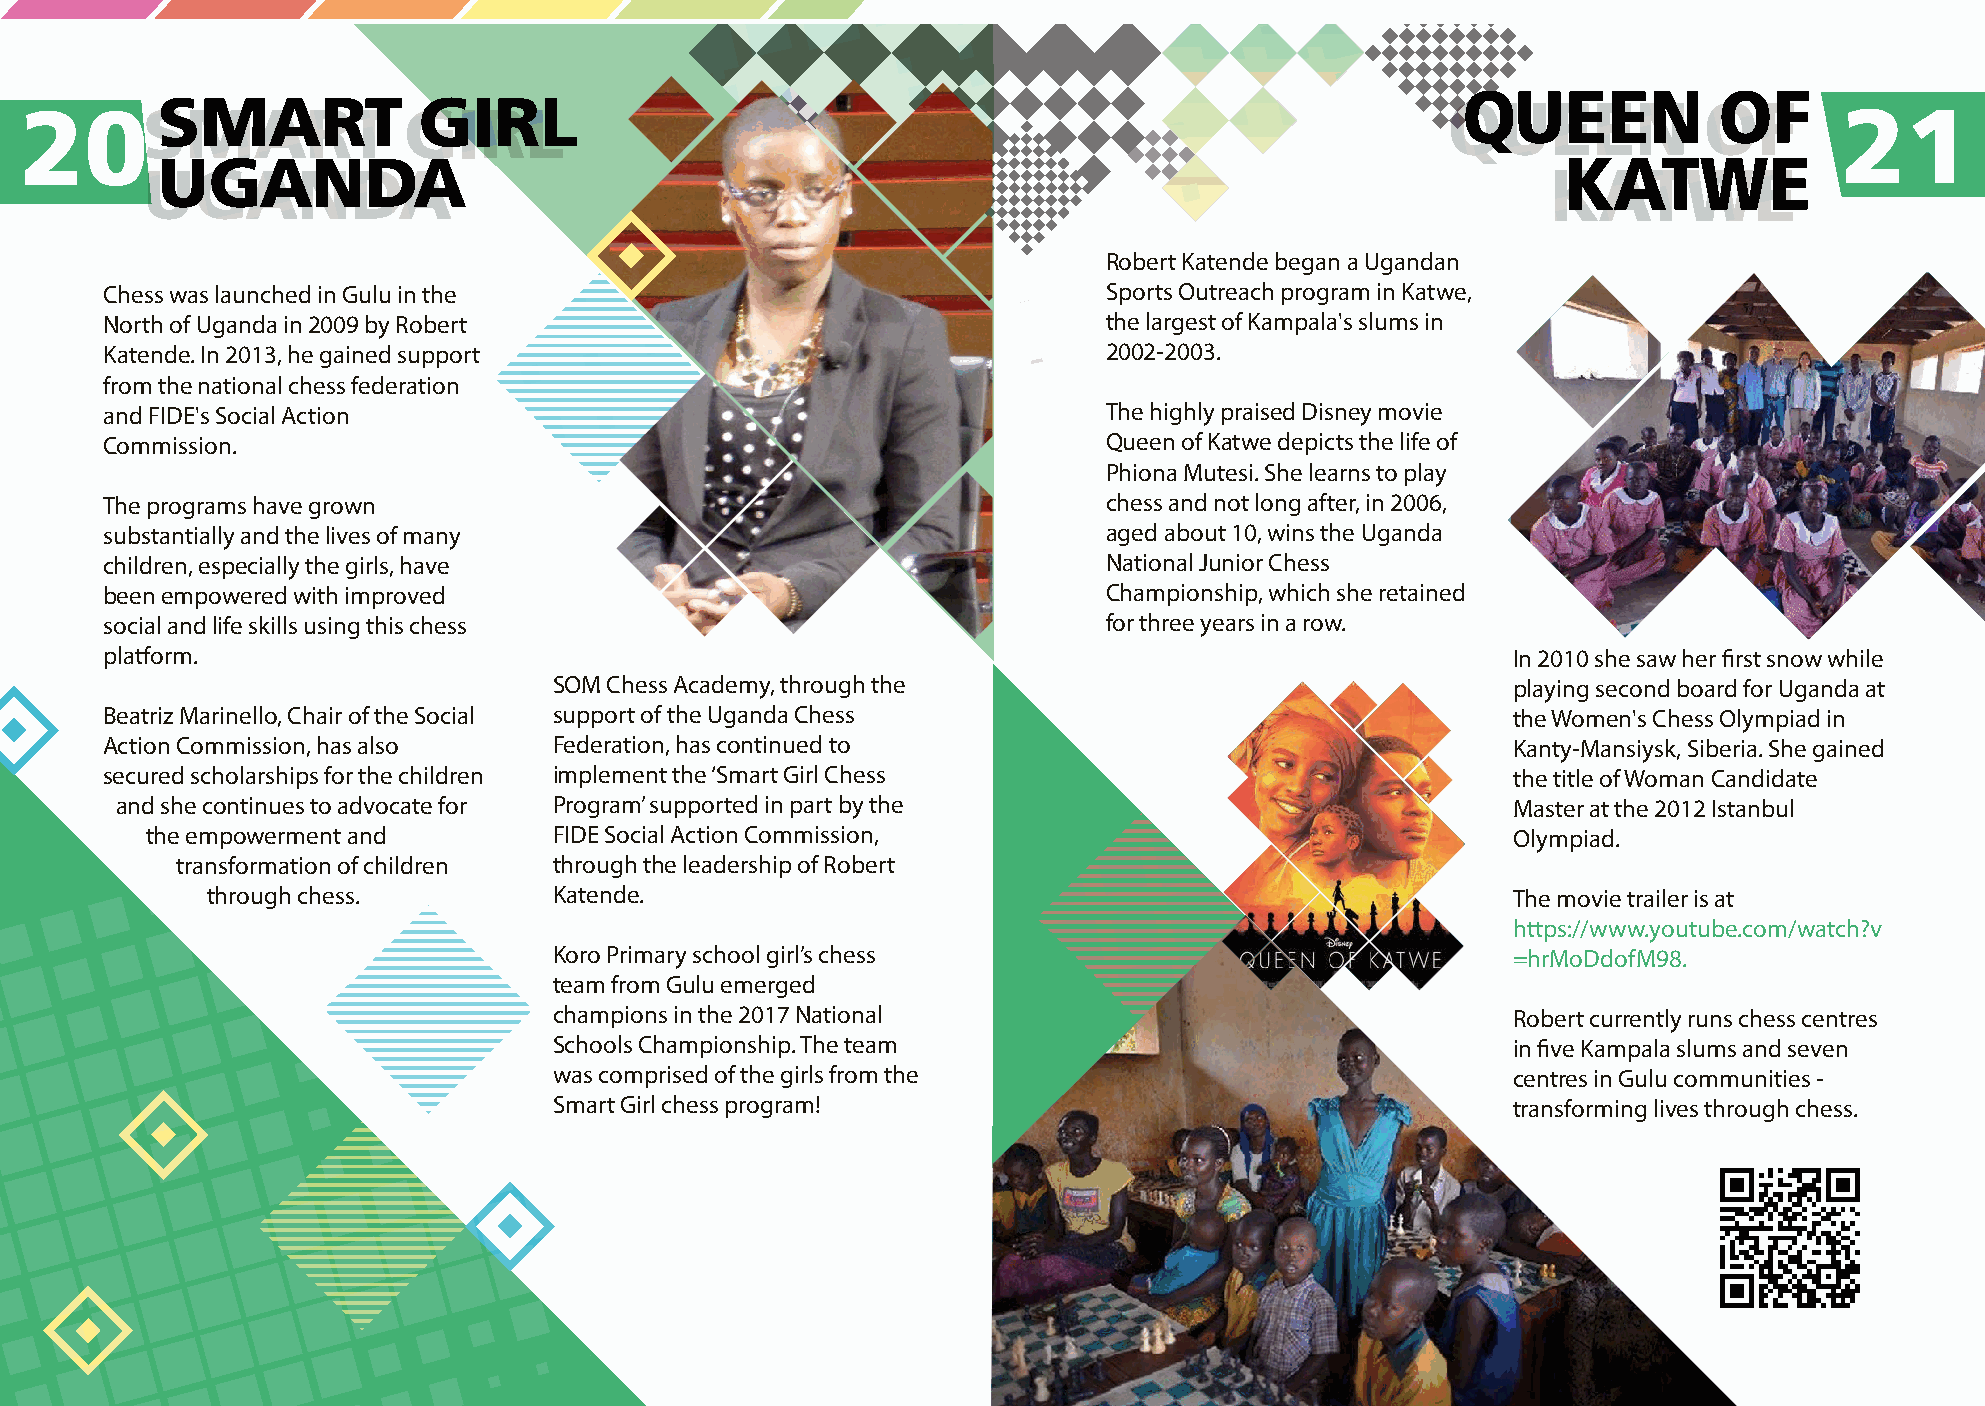
P20-21
 QUEEN            OF
 20SS       MM   AA RR TT  GG II RR LL                                                          QUEEN            OF       21
 UGANDA                                                                                        KATWE
 UGANDA                                                                                        KATWE
 Robert Katende began a Ugandan
 Chess was launched in Gulu in the                                 Sports Outreach program in Katwe,
 North of Uganda in 2009 by Robert                                 the largest of Kampala's slums in
 Katende. In 2013, he gained support                               2002-2003.
 from the national chess federation
 and FIDE's Social Action                                          The highly praised Disney movie
 Commission.                                                       Queen of Katwe depicts the life of
 Phiona Mutesi. She learns to play
 The programs have grown                                           chess and not long after, in 2006,
 substantially and the lives of many                               aged about 10, wins the Uganda
 children, especially the girls, have                              National Junior Chess
 been empowered with improved                                      Championship, which she retained
 social and life skills using this chess                           for three years in a row.
 platform.                                                                                    In 2010 she saw her first snow while
 SOM Chess Academy, through the                                 playing second board for Uganda at
 Beatriz Marinello, Chair of the Social support of the Uganda Chess                           the Women's Chess Olympiad in
 Action Commission, has also   Federation, has continued to                                   Kanty-Mansiysk, Siberia. She gained
 secured scholarships for the children implement the ‘Smart Girl Chess                        the title of Woman Candidate
 and she continues to advocate for Program’ supported in part by the                         Master at the 2012 Istanbul
 the empowerment and        FIDE Social Action Commission,                                 Olympiad.
 transformation of children through the leadership of Robert
 through chess.         Katende.                                                       The movie trailer is at
 https://www.youtube.com/watch?v
 Koro Primary school girl’s chess                               =hrMoDdofM98.
 team from Gulu emerged
 champions in the 2017 National                                 Robert currently runs chess centres
 Schools Championship. The team                                 in five Kampala slums and seven
 was comprised of the girls from the                            centres in Gulu communities -
 Smart Girl chess program!                                      transforming lives through chess.